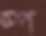
স্প